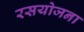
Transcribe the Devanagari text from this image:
रसयोजना